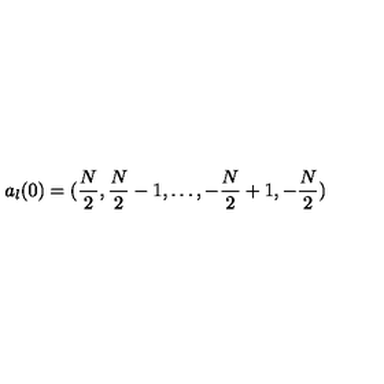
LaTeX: a _ { l } ( 0 ) = ( { \frac { N } { 2 } } , { \frac { N } { 2 } } - 1 , \dots , - { \frac { N } { 2 } } + 1 , - { \frac { N } { 2 } } )